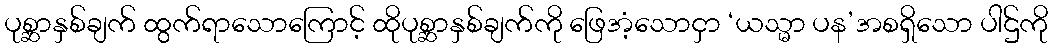
ပုစ္ဆာနှစ်ချက် ထွက်ရာသောကြောင့် ထိုပုစ္ဆာနှစ်ချက်ကို ဖြေအံ့သောငှာ ‘ယသ္မာ ပန’အစရှိသော ပါဌ်ကို